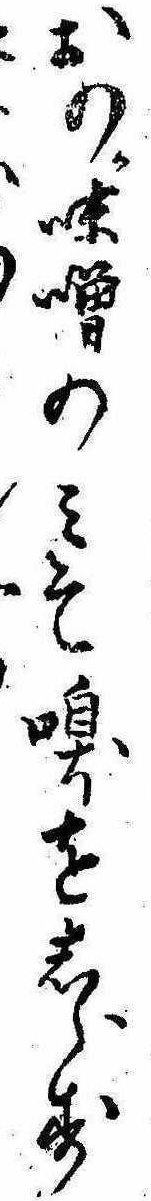
おのか味噌のみそ嗅をしらす